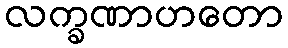
လက္ခဏာဟတော